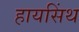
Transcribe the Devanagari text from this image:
हायसिंथ